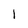
Character: 1